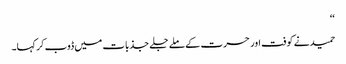
‘‘
حمید نے کوفت اور حسرت کے ملے جلے جذبات میں ڈوب کر کہا۔